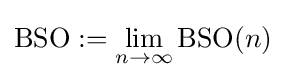
\operatorname {BSO} :=\lim _{n\rightarrow \infty }\operatorname {BSO} (n)